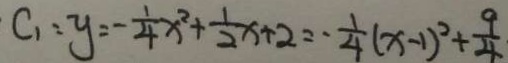
C _ { 1 } : y = - \frac { 1 } { 4 } x ^ { 2 } + \frac { 1 } { 2 } x + 2 = - \frac { 1 } { 4 } ( x - 1 ) ^ { 2 } + \frac { 9 } { 4 }